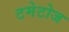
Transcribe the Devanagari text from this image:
टमेटोज